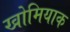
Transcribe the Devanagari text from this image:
खोमियाक